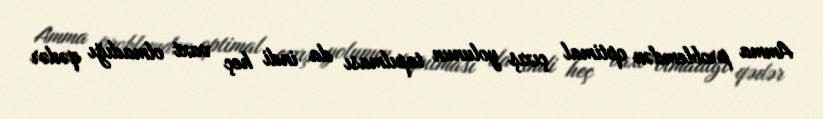
Amma problemdən optimal çıxış yolunun tapılması da indi heç vaxt olmadığı qədər